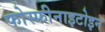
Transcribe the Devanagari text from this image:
फोस्फीनाइटोइन